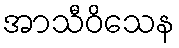
အာသီဝိသေန